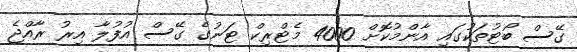
ގޭސް ބޯޓުތަކުގައި އާންމުކޮށް 4000 މެޓްރިކް ޓަނުގެ ގޭސް އުފުލާ އިރު ރާއްޖެ